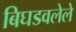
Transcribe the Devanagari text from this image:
बिघडवलेले